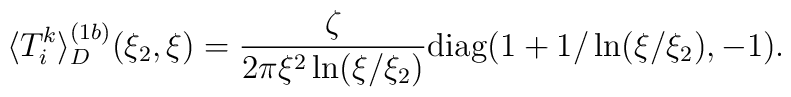
\langle T_{i}^{k}\rangle ^{(1b)}_D(\xi _2,\xi )=  \frac{\zeta }{2\pi \xi ^2\ln (\xi /\xi _2)}{\mathrm{diag}}(1+  1/\ln(\xi /\xi _2),-1).